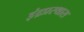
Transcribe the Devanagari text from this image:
इंद्रप्रस्थास